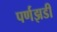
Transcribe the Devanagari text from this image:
पर्णझडी